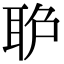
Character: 𦕔